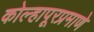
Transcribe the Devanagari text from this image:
कोल्हापूरप्रमाणे